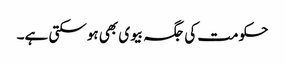
حکومت کی جگہ بیوی بھی ہوسکتی ہے۔